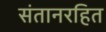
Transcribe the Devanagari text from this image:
संतानरहित